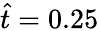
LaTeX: \hat{t}=0.25